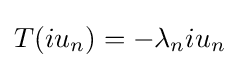
T(iu_{n})=-\lambda _{n}iu_{n}